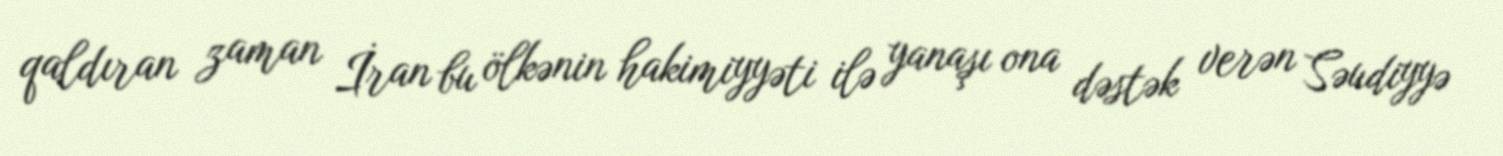
qaldıran zaman İran bu ölkənin hakimiyyəti ilə yanaşı ona dəstək verən Səudiyyə